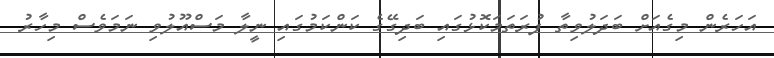
އަހަރެން މިގެއަށް ބަދަލުވިތާ ފުރަތަމަކޮޅުގައި ބަދިގޭގެ ކަންކަމުގައި ނީލާ މަސްއޫލުވި ނަމަވެސް މިހާރު